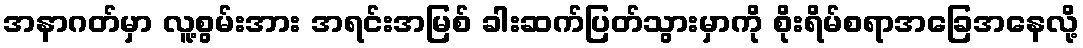
အနာဂတ်မှာ လူ့စွမ်းအား အရင်းအမြစ် ခါးဆက်ပြတ်သွားမှာကို စိုးရိမ်စရာအခြေအနေလို့